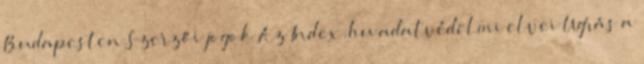
Budapesten Szerzői jogok Az Index.hu adatvédelmi elvei Ugrás a